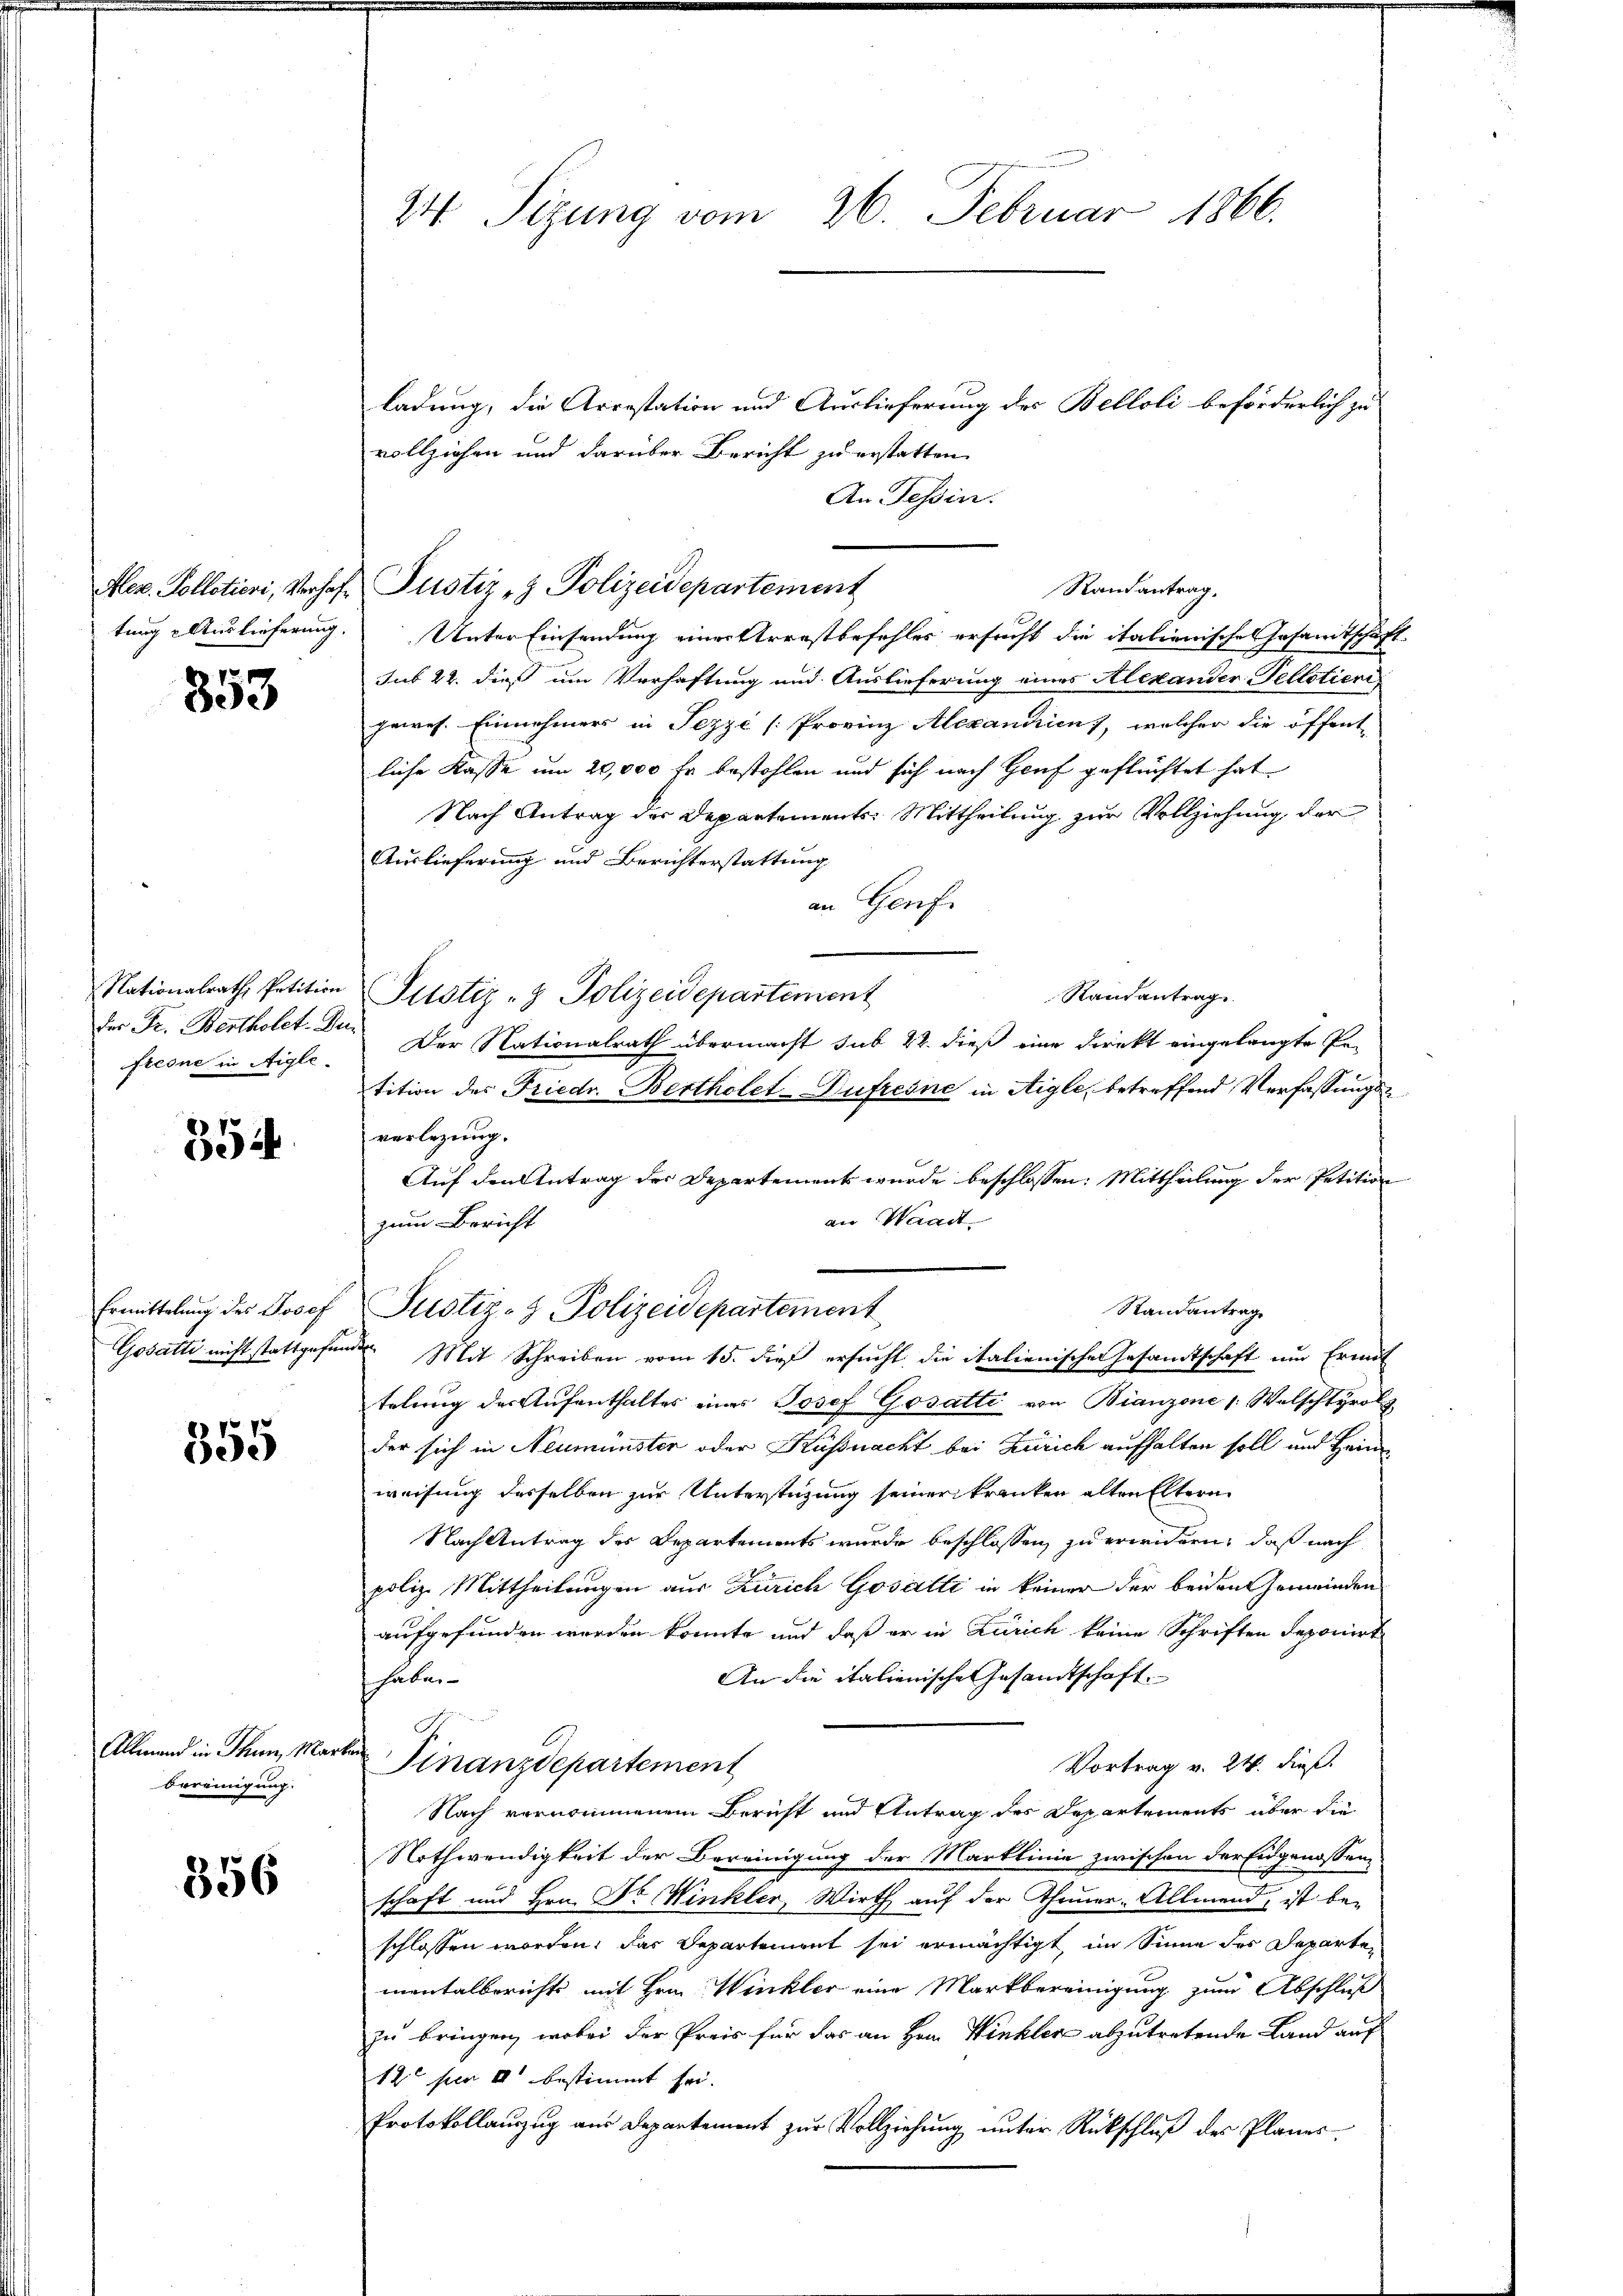
353

fer Fr. Bertholet. Du
freone in Aigle

354

Ermittelung des Josef

355

bereinigung.

356

24. Sizung vom 26. Februar 1866.

ladung, die Arrestation und Auslieferung des Belloli beförderlich zu
vollziehen und darüber Bericht zu erstatten.
An Tessin.
Alez. Kolletieri, Verhof Justiz- & Polizeidepartement
tung Auslieferung. Unter Einsendung einerstrrestbefehler ersucht die italienische Gesamtschäft
sub 22. dieß um Verhaftung und Auslieferung eines Alexander Telletieri
gewes. Einnehmers in Pezze [Provinz Alexandrien), welcher die öffent-
liche Kasse um 20,000 fr bestohlen und sich nach Hauf geflüchtet hat
Nach Antrag des Departements: Mittheilung zur Vollziehung der
Auslieferung und Berichterstattung
an Genf.
Nationalrath Petition Justiz- & Polizeidepartement
Randantrag
Der Nationalrath übermacht sub 22. dieß eine Direkt eingelangte Pe-
tition des Friedr. Bertholet-Dufresne in Aigle, betreffend Verfassungsverlegung.
Auf den Antrag der Departements wurde beschlossen: Mittheilung der Petition
an Waadt.
zum Bericht
Randantrag
Justiz- & Polizeidepartement
Gosatti nicht stattgefunden. Mit Schreiben vom 15. dieß ersucht die italienischen Gesamtschaft um Ermit
telung der Aufenthaltes eines Josef Gosatti von Bianzone /: Welschtyrol
der sich in Neumünster oder Küßnacht bei Zürich aufhalten soll und Hein
weisung desselben zur Unterstüzung seiner kranken alten Eltern
Nach Antrag der Departements wurde beschlossen zu erindern, daß nach
poliz Mittheilungen aus Zürich Gosalti in keiner der beiden Gemeinden
aufgefunden werden könnte und daß er in Zürich keine Schriften deponiert
An die italienische Gesamtschaft.
haben
Allmand in Thun, Markte Finanzdepartement
Vortrag v. 24. dieß
Nach vernommenem Bericht und Antrag des Departements über die
Nothwendigkeit der Bereinigung der Marklinie zwischen der Eidgenossen,
schaft und Hrn. Dr Winkler, Wirth auf der Theuer-Allmend, ist beschlossen worden, das Departement sei ermächtigt, im Sinne des Departen
mentalberichts mit Hrn. Winkler eine Martbereinigung zum Abschluß
zu bringen, wobei der Preis für das an Hrn. Winkler abzutretende Land auf
120 per II bestimmt sei.
Protokollauszug aus Departement zur Vollziehung unter Rückschluß des Planes

Randantrag,